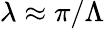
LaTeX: \lambda\approx\pi/\Lambda